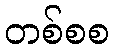
တစ်စစ